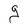
Character: g